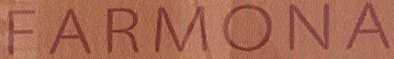
FARMONA